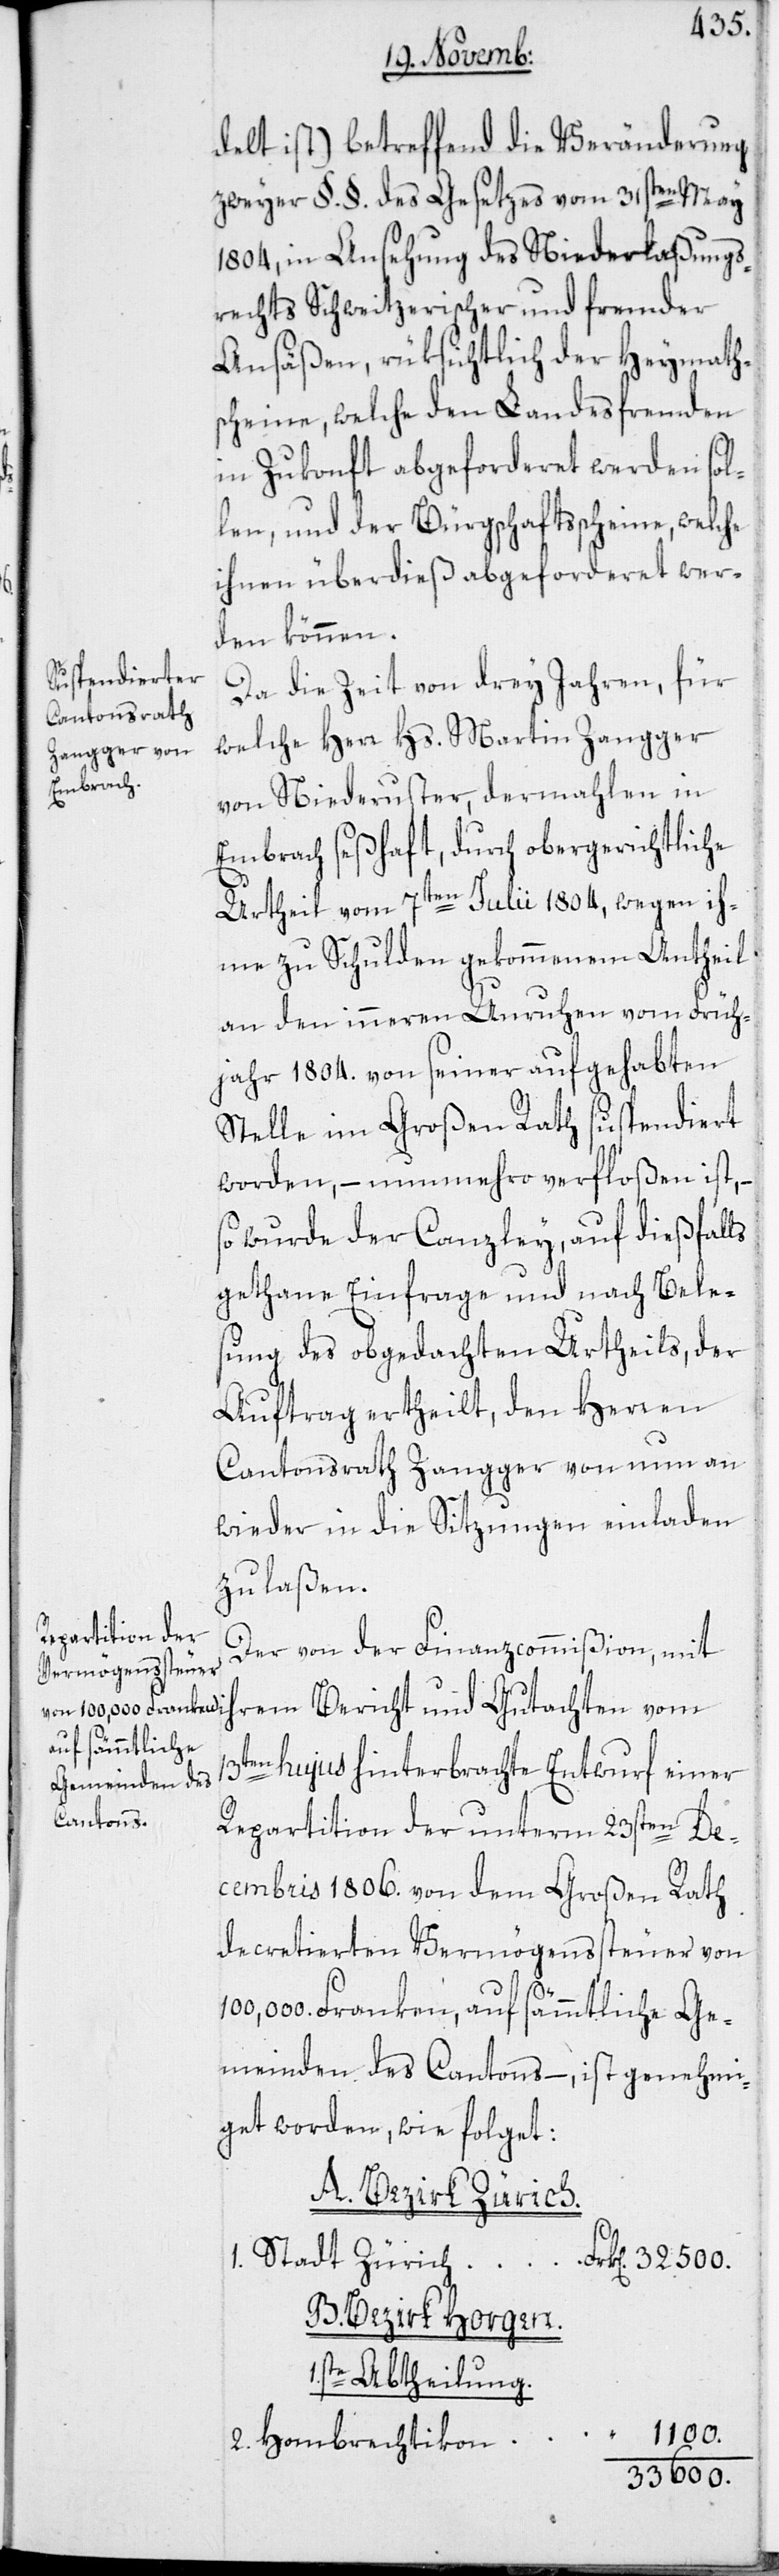
e[s]
delt ist), betreffend die Veränderung
zweyer §.§. des Gesetzes vom 31sten May
1804, in Ansehung des Niederlaßungs¬
rechts Schweitzerischer und fremder
Ansäßen, rüksichtlich der Heymath¬
scheine, welche den Landesfremden
in Zukonft abgeforderet werden sol¬
len, und der Bürgschaftsscheine, welche
ihnen überdieß abgeforderet wer¬
den können.
Da die Zeit von drey Jahren, für
welche Herr Hs. Martin Zangger
von Niederuster, dermahlen in
Embrach seßhaft, durch obergerichtlich¬
Urtheil vom 7ten Julii 1804, wegen ih¬
me zu Schulden gekommenem Antheil
an den inneren Unruhen vom Früh¬
jahr 1804. von seiner aufgehabten
Stelle im Großen Rath suspendiert
worden, – nunmehro verfloßen ist, –
so wurde der Canzley, auf dießfalls
gethane Einfrage und nach Bele¬
sung des obgedachten Urtheils, der
Auftrag ertheilt, den Herren
Cantonsrath Zangger von nun an
wieder in die Sitzungen einladen
zu laßen.
Der von der Finanzcommißion, mit
hujus hinterbrachte Entwurf einer
Repartition der unterm 23sten De¬
cembris 1806. von dem Großen Rath
decretierten Vermögenssteuer von
Franken, auf sämmtliche Ge¬
meinden des Cantons –, ist genehmi¬
get worden, wie folget:
A. Bezirk Zürich.
Stadt Zürich
B. Bezirk Horgen.
1.ste Abtheilung.
Hombrechtikon
1100.